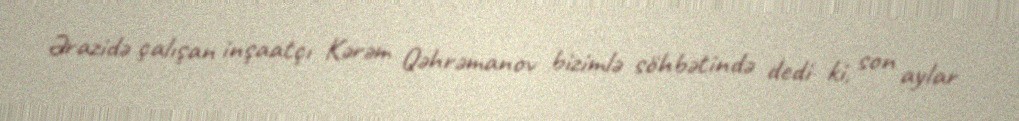
Ərazidə çalışan inşaatçı Kərəm Qəhrəmanov bizimlə söhbətində dedi ki, son aylar